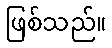
ဖြစ်သည်။